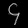
Digit: ၄